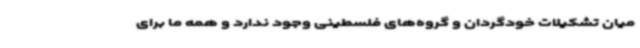
میان تشکیلات خودگردان و گروه‌های فلسطینی وجود ندارد و همه ما برای